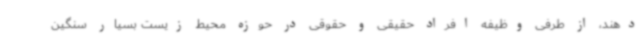
‌دهند، از طرفی وظیفه افراد حقیقی و حقوقی در حوزه محیط زیست بسیار سنگین